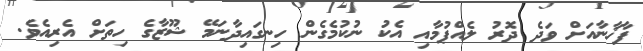
ފާޚާނާއަށް ވަދެ ދޮރު ލެއްޕުމާއި އެކު ނުކުމެގެން ހިނގައިދާނަމޭ ޝޫޒާގެ ހިތަށް އެރިއެވެ.